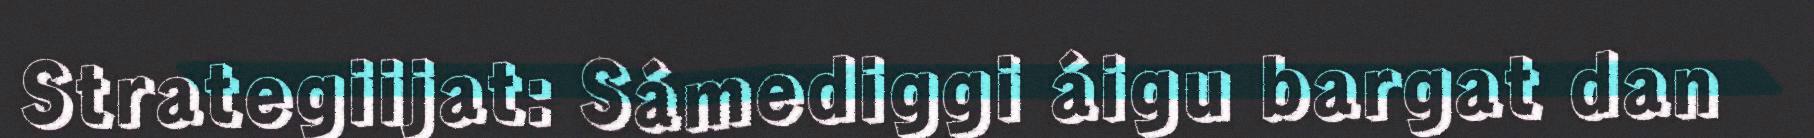
Strategiijat: Sámediggi áigu bargat dan